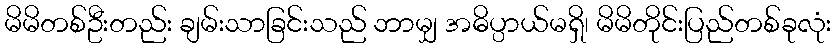
မိမိတစ်ဦးတည်း ချမ်းသာခြင်းသည် ဘာမျှ အဓိပ္ပာယ်မရှိ၊ မိမိတိုင်းပြည်တစ်ခုလုံး